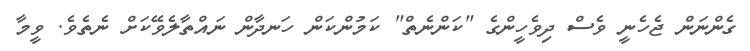
ގެންނަން ޖެހެނީ ވެސް ދިވެހީންގެ "ކަންނެތް" ކަމުންކަން ހަނދާން ނައްތާލެވޭކަށް ނެތެވެ. ވީމާ